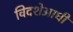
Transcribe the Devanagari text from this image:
विदशेआधी